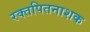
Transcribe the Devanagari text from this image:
रक्तपितनाशक